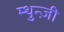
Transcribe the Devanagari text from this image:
म्थुन्ज़ी